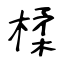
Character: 楺